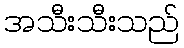
အသီးသီးသည်